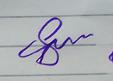
Signature authenticity: genuine